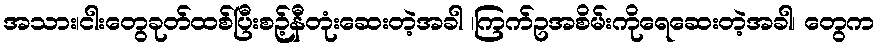
အသား၊ငါးတွေခုတ်ထစ်ပြီးစဉ့်နီတုံးဆေးတဲ့အခါ ၊ကြက်ဥအစိမ်းကိုရေဆေးတဲ့အခါ၊ တွေက